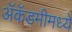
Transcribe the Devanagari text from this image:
ॲकॅडमीमध्ये